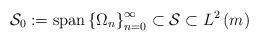
LaTeX: \begin{align*}\mathcal{S}_{0}:=\operatorname{span}\left\{ \Omega_{n}\right\}_{n=0}^{\infty}\subset\mathcal{S}\subset L^{2}\left( m\right)\end{align*}